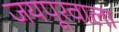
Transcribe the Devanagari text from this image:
जयपूरवाला